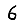
Digit: 6